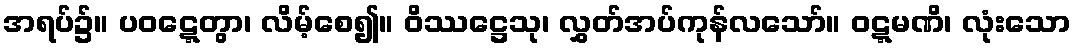
အရပ်၌။ ပဝဋ္ဋေတွာ၊ လိမ့်စေ၍။ ဝိဿဋ္ဌေသု၊ လွှတ်အပ်ကုန်လသော်။ ဝဋ္ဋမဏိ၊ လုံးသော